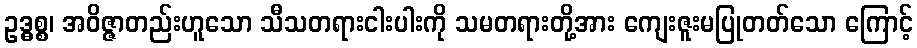
ဥဒ္ဓစ္စ၊ အဝိဇ္ဇာတည်းဟူသော သီသတရားငါးပါးကို သမတရားတို့အား ကျေးဇူးမပြုတတ်သော ကြောင့်